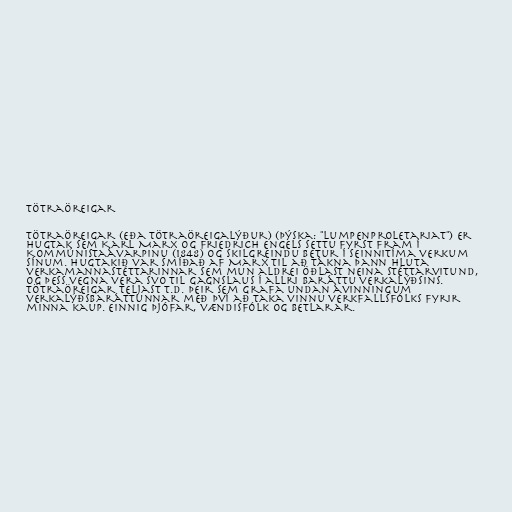
Tötraöreigar

Tötraöreigar (eða tötraöreigalýður) (þýska: "Lumpenproletariat") er
hugtak sem Karl Marx og Friedrich Engels settu fyrst fram í
Kommúnistaávarpinu (1848) og skilgreindu betur í seinnitíma verkum
sínum. Hugtakið var smíðað af Marx til að tákna þann hluta
verkamannastéttarinnar sem mun aldrei öðlast neina stéttarvitund,
og þess vegna vera svo til gagnslaus í allri baráttu verkalýðsins.
Tötraöreigar teljast t.d. þeir sem grafa undan ávinningum
verkalýðsbaráttunnar með því að taka vinnu verkfallsfólks fyrir
minna kaup. Einnig þjófar, vændisfólk og betlarar.